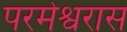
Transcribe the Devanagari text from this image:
परमेश्वरास